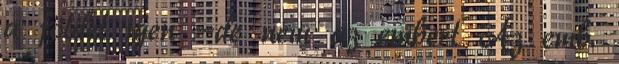
a földet igen -de nem az embert Az emb.